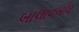
બાલાવબોધ